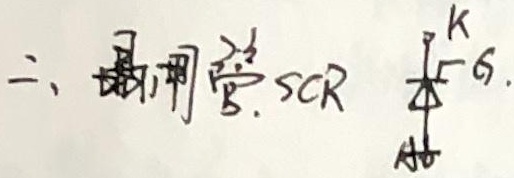
二、晶闸管 SCR  。
\[
\begin{matrix}
 & \text{A} & \\
 & \vert & \\
 & \text{K} & \\
 & \vert & \\
 & \text{G} &
\end{matrix}
\]